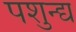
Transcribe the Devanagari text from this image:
पशुन्द्य